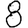
Digit: 8